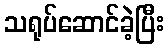
သရုပ်ဆောင်ခဲ့ပြီး